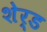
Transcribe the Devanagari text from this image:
शेर्ड